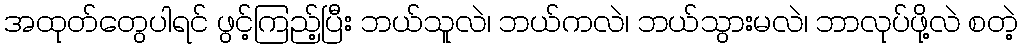
အထုတ်တွေပါရင် ဖွင့်ကြည့်ပြီး ဘယ်သူလဲ၊ ဘယ်ကလဲ၊ ဘယ်သွားမလဲ၊ ဘာလုပ်ဖို့လဲ စတဲ့